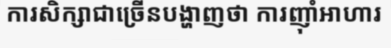
ការសិក្សាជាច្រើនបង្ហាញថា ការញ៉ាំអាហារ